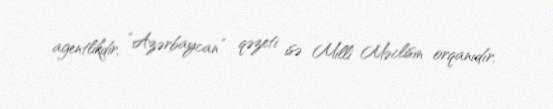
agentlikdir, “Azərbaycan” qəzeti isə Milli Məclisin orqanıdır.